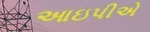
આઇપીએ